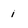
Character: 1